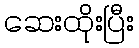
ဆေးထိုးပြီး